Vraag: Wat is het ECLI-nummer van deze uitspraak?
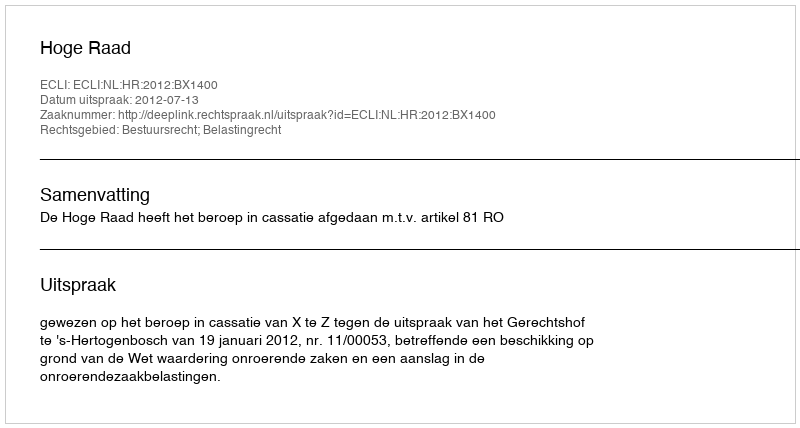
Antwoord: ECLI:NL:HR:2012:BX1400